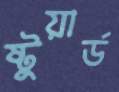
ষ্টুয়ার্ড